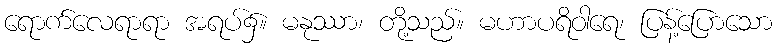
ရောက်လေရာရာ အရပ်၌။ မနုဿာ၊ တို့သည်။ မဟာပရိဝါရေ၊ ပြန့်ပြောသော